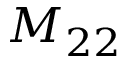
M _ { 2 2 }